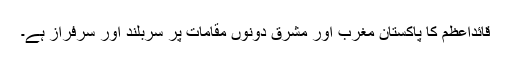
قائداعظمؒ کا پاکستان مغرب اور مشرق دونوں مقامات پر سربلند اور سرفراز ہے۔